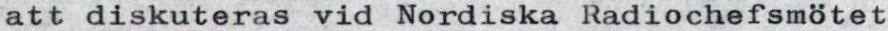
att diskuteras vid Nordiska Radiochefsmötet